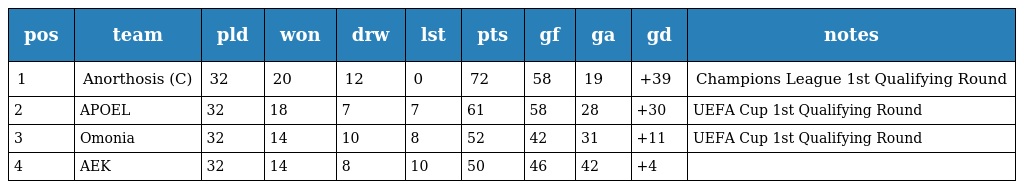
| pos | team | pld | won | drw | lst | pts | gf | ga | gd | notes |
 | --- | --- | --- | --- | --- | --- | --- | --- | --- | --- | --- |
 | 1 | Anorthosis (C) | 32 | 20 | 12 | 0 | 72 | 58 | 19 | +39 | Champions League 1st Qualifying Round |
 | 2 | APOEL | 32 | 18 | 7 | 7 | 61 | 58 | 28 | +30 | UEFA Cup 1st Qualifying Round |
 | 3 | Omonia | 32 | 14 | 10 | 8 | 52 | 42 | 31 | +11 | UEFA Cup 1st Qualifying Round |
 | 4 | AEK | 32 | 14 | 8 | 10 | 50 | 46 | 42 | +4 |  |